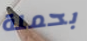
بحملة